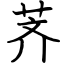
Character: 荠